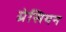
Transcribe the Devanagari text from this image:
ग्रेसियन